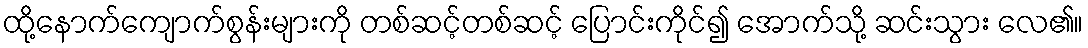
ထို့နောက်ကျောက်စွန်းများကို တစ်ဆင့်တစ်ဆင့် ပြောင်းကိုင်၍ အောက်သို့ ဆင်းသွား လေ၏။